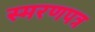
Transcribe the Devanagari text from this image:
स्मरणपत्र